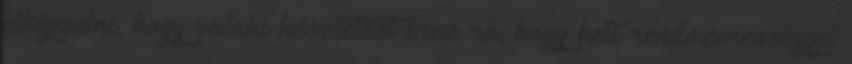
elképzelni, hogy valaki késztetést érez rá, hogy heti rendszerességgel